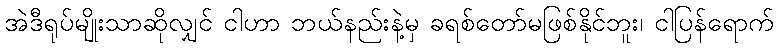
အဲဒီရုပ်မျိုးသာဆိုလျှင် ငါဟာ ဘယ်နည်းနဲ့မှ ခရစ်တော်မဖြစ်နိုင်ဘူး၊ ငါပြန်ရောက်